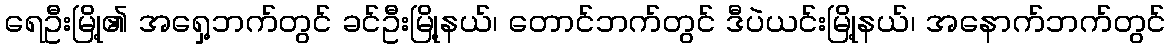
ရေဦးမြို့၏ အရှေ့ဘက်တွင် ခင်ဦးမြို့နယ်၊ တောင်ဘက်တွင် ဒီပဲယင်းမြို့နယ်၊ အနောက်ဘက်တွင်